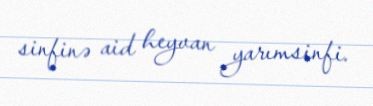
sinfinə aid heyvan yarımsinfi.